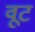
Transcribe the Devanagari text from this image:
वूट